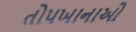
તોપખાનાઓ